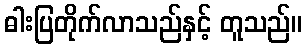
ဓါးပြတိုက်လာသည်နှင့် တူသည်။